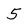
Character: 5